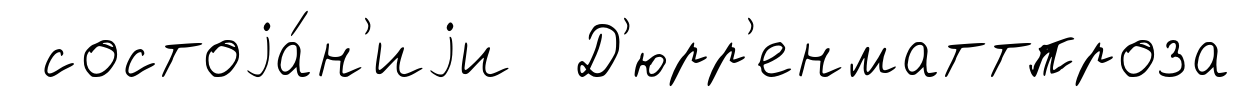
состоjа́н'иjи Д'юрр'енматтпроза